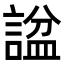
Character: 𬢶